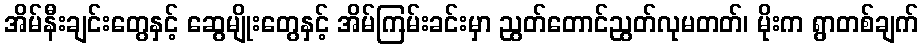
အိမ်နီးချင်းတွေနှင့် ဆွေမျိုးတွေနှင့် အိမ်ကြမ်းခင်းမှာ ညွတ်တောင်ညွတ်လုမတတ်၊ မိုးက ရွာတစ်ချက်